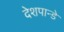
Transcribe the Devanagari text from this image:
देशपान्डे